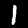
Label: 1